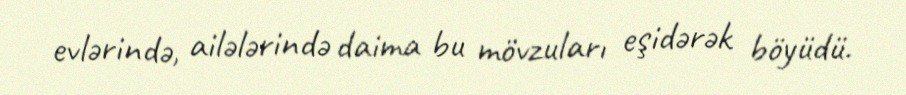
evlərində, ailələrində daima bu mövzuları eşidərək böyüdü.